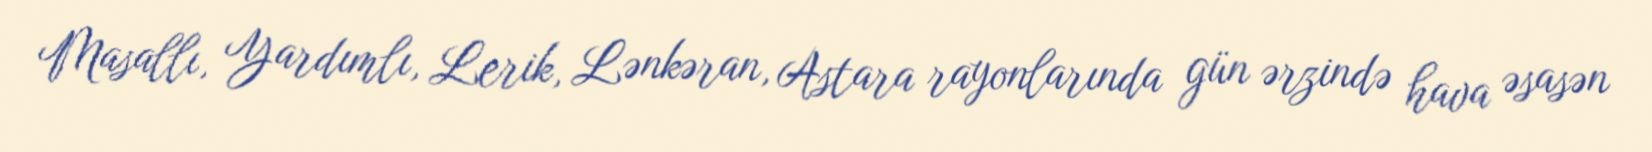
Masallı, Yardımlı, Lerik, Lənkəran, Astara rayonlarında gün ərzində hava əsasən